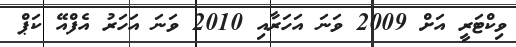
ވިކްޓަރީ އަށް 2009 ވަނަ އަހަރާއި 2010 ވަނަ އަހަރު އެފްއޭ ކަޕް